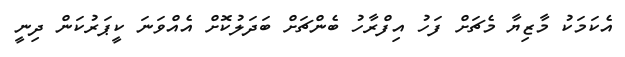
އެކަމަކު މާޒިޔާ މެޗަށް ފަހު އިފްރާހު ބެންޗަށް ބަދަލުކޮށް އެއްވަނަ ކީޕަރުކަން ދިނީ